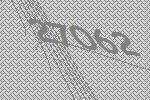
27062